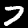
Label: 7